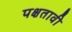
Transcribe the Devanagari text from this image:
पक्षतावी